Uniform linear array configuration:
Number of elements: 24
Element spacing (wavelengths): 0.5
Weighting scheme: blackman
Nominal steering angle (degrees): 30
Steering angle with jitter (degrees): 31.229
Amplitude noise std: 0.05
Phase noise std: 0.05

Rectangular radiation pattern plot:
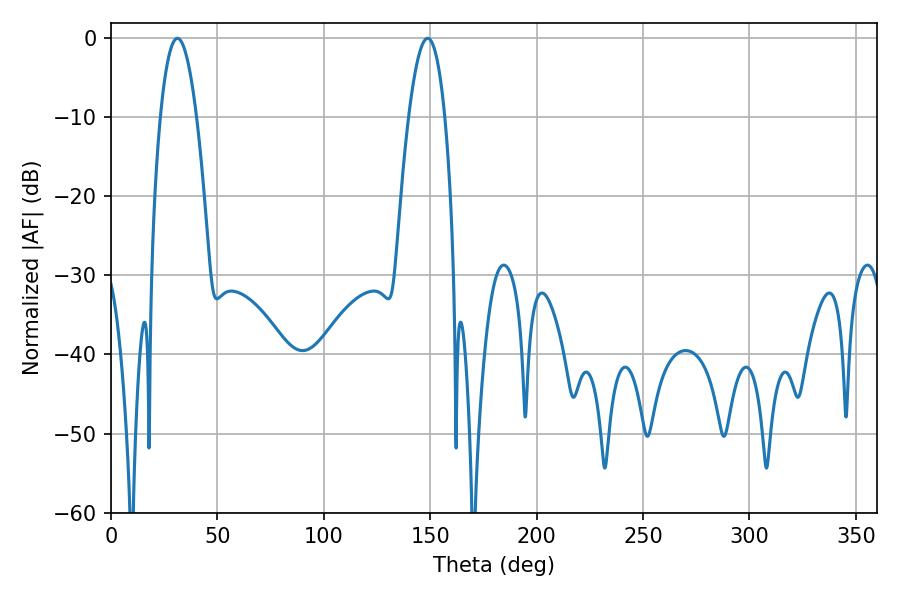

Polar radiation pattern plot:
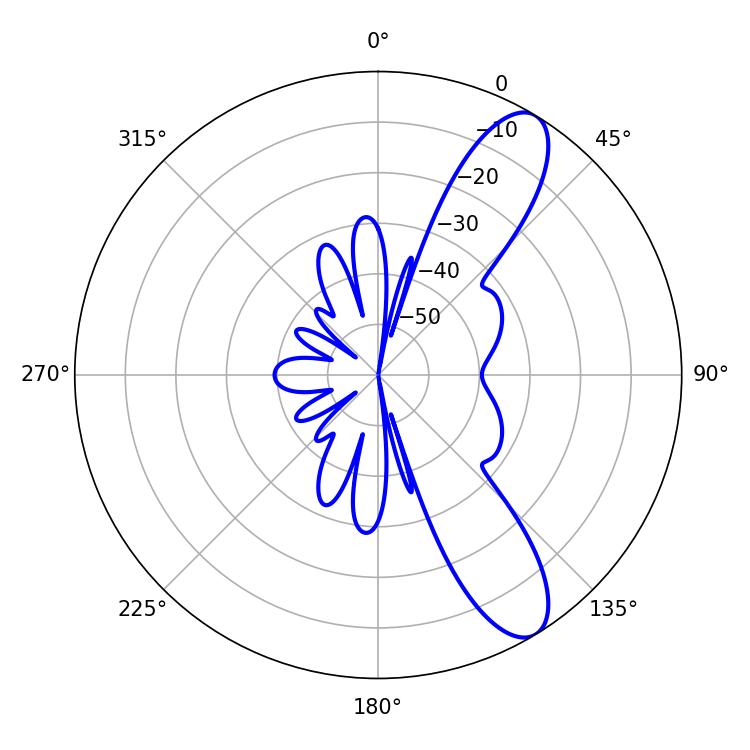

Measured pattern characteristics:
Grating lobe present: FALSE
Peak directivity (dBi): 10.374
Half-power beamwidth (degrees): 9.36
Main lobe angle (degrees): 31.14